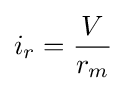
i_{r}={\frac {V}{r_{m}}}